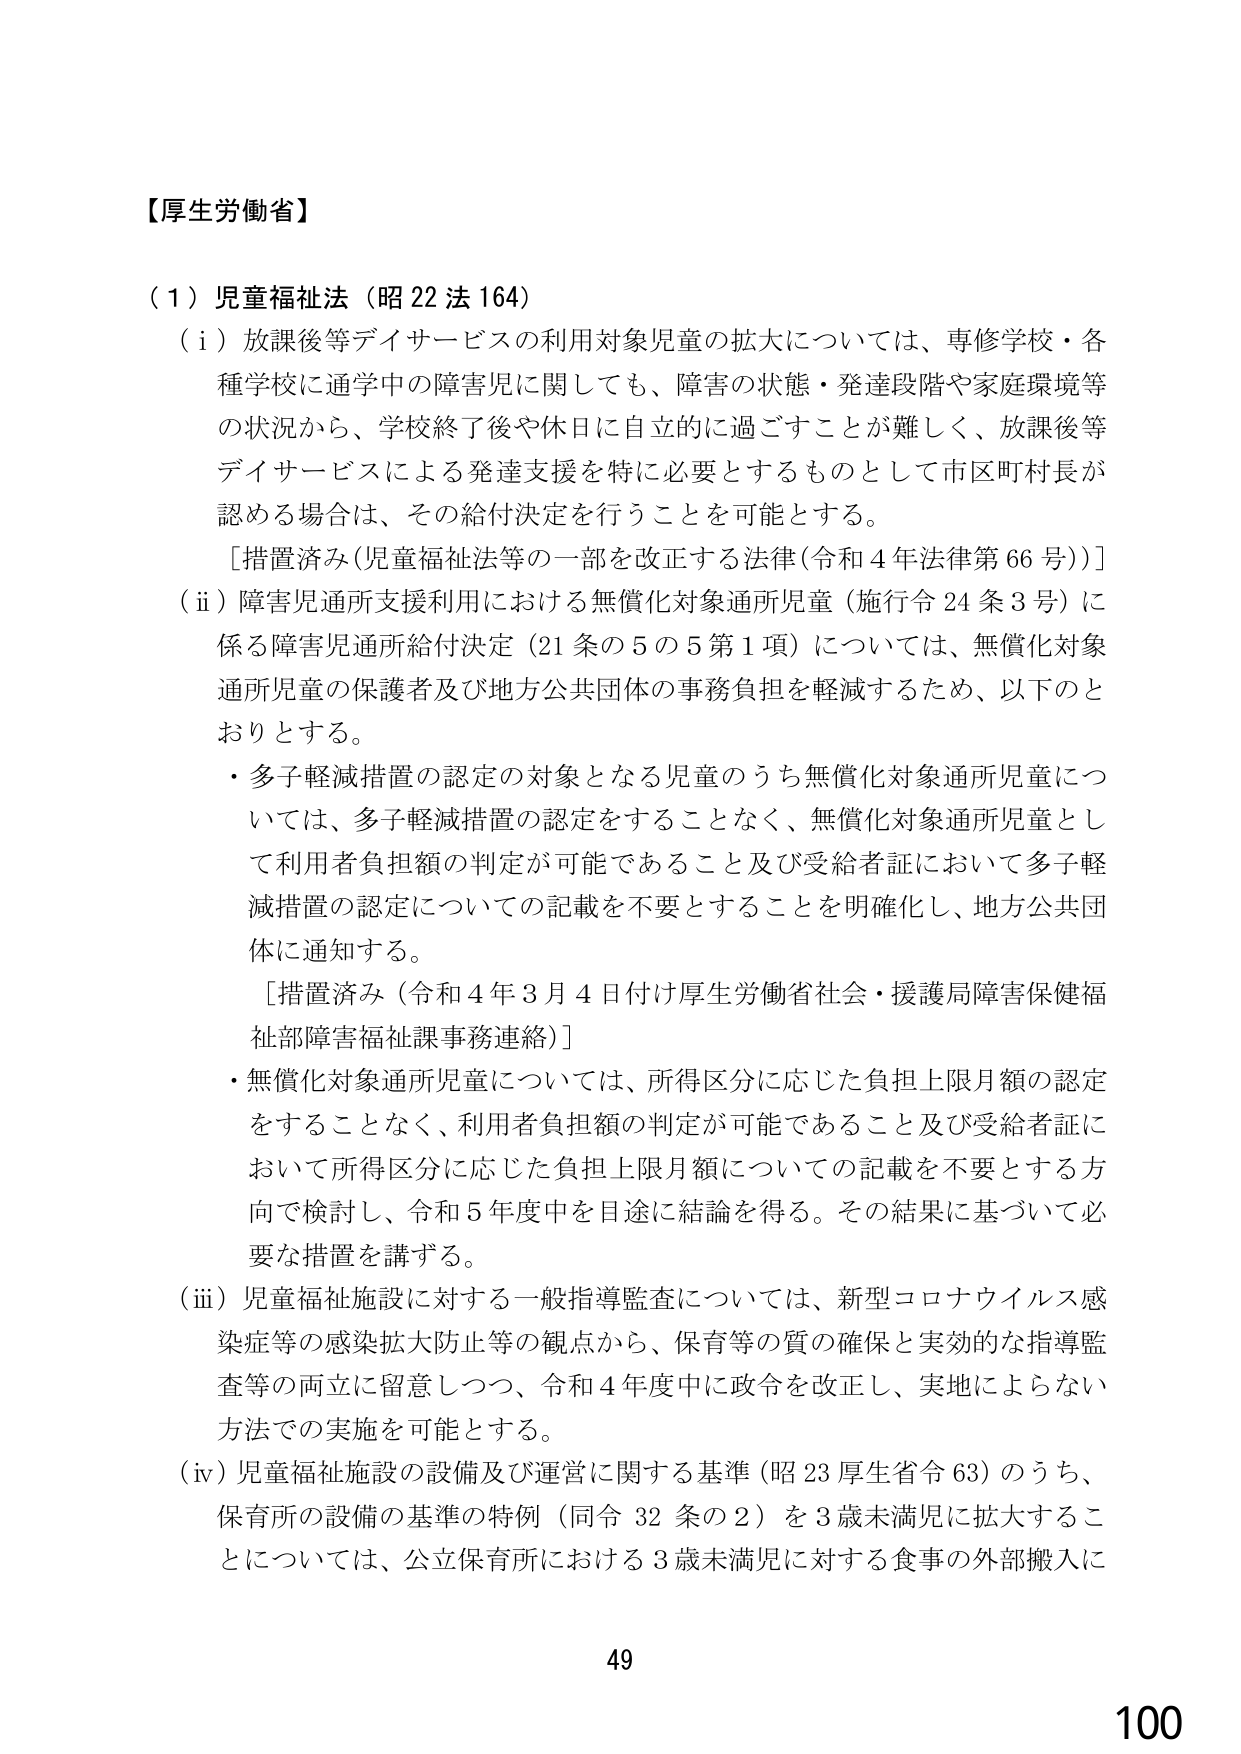
【厚生労働省】

（１）児童福祉法（昭22法164）

（i）放課後等デイサービスの利用対象児童の拡大については、専修学校・各種学校に通学中の障害児に関しても、障害の状態・発達段階や家庭環境等の状況から、学校終了後や休日に自立的に過ごすことが難しく、放課後等デイサービスによる発達支援を特に必要とするものとして市区町村長が認める場合は、その給付決定を行うことを可能とする。

［措置済み（児童福祉法等の一部を改正する法律（令和4年法律第66号））］

（ii）障害児通所支援利用における無償化対象通所児童（施行令24条3号）に係る障害児通所給付決定（21条の5の5第1項）については、無償化対象通所児童の保護者及び地方公共団体の事務負担を軽減するため、以下のとおりとする。

・多子軽減措置の認定の対象となる児童のうち無償化対象通所児童については、多子軽減措置の認定をすることなく、無償化対象通所児童として利用者負担額の判定が可能であること及び受給者証において多子軽減措置の認定についての記載を不要とすることを明確化し、地方公共団体に通知する。

［措置済み（令和4年3月4日付け厚生労働省社会・援護局障害保健福祉部障害福祉課事務連絡）］

・無償化対象通所児童については、所得区分に応じた負担上限月額の認定をすることなく、利用者負担額の判定が可能であること及び受給者証において所得区分に応じた負担上限月額についての記載を不要とする方向で検討し、令和5年度中を目途に結論を得る。その結果に基づいて必要な措置を講ずる。

（iii）児童福祉施設に対する一般指導監査については、新型コロナウイルス感染症等の感染拡大防止等の観点から、保育等の質の確保と実効的な指導監査等の両立に留意しつつ、令和4年度中に政令を改正し、実地によらない方法での実施を可能とする。

（iv）児童福祉施設の設備及び運営に関する基準（昭23厚生省令63）のうち、保育所の設備の基準の特例（同令32条の2）を3歳未満児に拡大することについては、公立保育所における3歳未満児に対する食事の外部搬入に

49
100